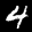
Label: 4